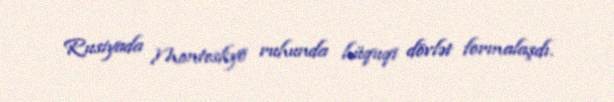
Rusiyada Monteskyö ruhunda hüquqi dövlət formalaşdı.